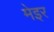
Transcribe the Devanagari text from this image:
मेइर